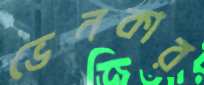
ভেনকার